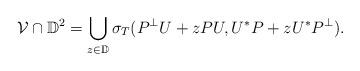
LaTeX: \begin{align*}\mathcal{V}\cap\mathbb D^2=\bigcup_{z\in\mathbb D}\sigma_T(P^\perp U+zPU,U^*P+zU^*P^\perp).\end{align*}